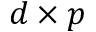
d \times p